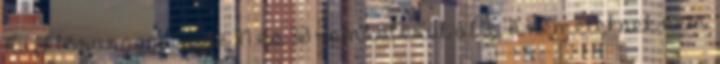
Aufklärungsgruppe II és 30 rombolóból állt. A németeknek nem